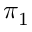
\pi _ { 1 }